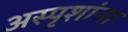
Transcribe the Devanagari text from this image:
अस्पृशांना